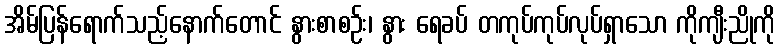
အိမ်ပြန်ရောက်သည့်နောက်တောင် နွားစာစဉ်း၊ နွား ရေခပ် တကုပ်ကုပ်လုပ်ရှာသော ကိုကျီးညိုကို